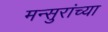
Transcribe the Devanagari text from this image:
मन्सुरांच्या